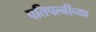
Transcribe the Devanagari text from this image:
पतिपत्‍नींच्या